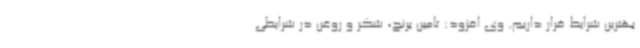
بهترین شرایط قرار داریم. وی افزود: تامین برنج، شکر و روغن در شرایطی